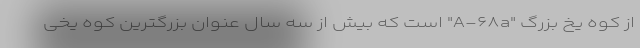
از کوه یخ بزرگ "A-۶۸a" است که بیش از سه سال عنوان بزرگترین کوه یخی